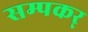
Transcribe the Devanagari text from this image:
सम्पकर्